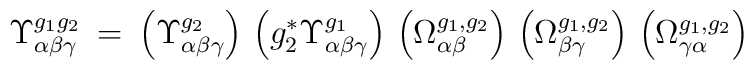
\Upsilon^{g_1 g_2}_{\alpha \beta \gamma} \: = \:\left( \Upsilon^{g_2}_{\alpha \beta \gamma} \right) \,\left( g_2^* \Upsilon^{g_1}_{\alpha \beta \gamma} \right) \,\left( \Omega^{g_1, g_2}_{\alpha \beta} \right) \,\left( \Omega^{g_1, g_2}_{\beta \gamma} \right) \,\left( \Omega^{g_1, g_2}_{\gamma \alpha} \right)